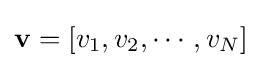
\mathbf {v} =[v_{1},v_{2},\cdots ,v_{N}]